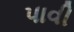
પાવી